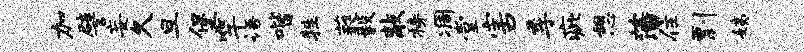
加譬妄久旦堡竿语喈牲蕤毅敲榜凋堂害季疵憩藩住剽姨